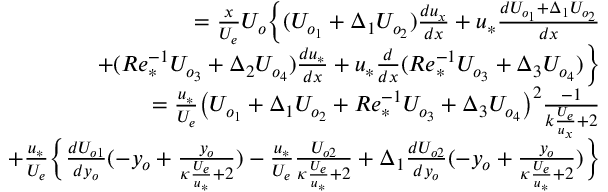
\begin{array} { r } { = \frac { x } { U _ { e } } U _ { o } \Big \{ ( U _ { o _ { 1 } } + \Delta _ { 1 } U _ { o _ { 2 } } ) \frac { d u _ { x } } { d x } + u _ { * } \frac { d U _ { o _ { 1 } } + \Delta _ { 1 } U _ { o _ { 2 } } } { d x } } \\ { + ( R e _ { * } ^ { - 1 } U _ { o _ { 3 } } + \Delta _ { 2 } U _ { o _ { 4 } } ) \frac { d u _ { * } } { d x } + u _ { * } \frac { d } { d x } ( R e _ { * } ^ { - 1 } U _ { o _ { 3 } } + \Delta _ { 3 } U _ { o _ { 4 } } ) \Big \} } \\ { = \frac { u _ { * } } { U _ { e } } \big ( U _ { o _ { 1 } } + \Delta _ { 1 } U _ { o _ { 2 } } + R e _ { * } ^ { - 1 } U _ { o _ { 3 } } + \Delta _ { 3 } U _ { o _ { 4 } } \big ) ^ { 2 } \frac { - 1 } { k \frac { U _ { e } } { u _ { x } } + 2 } } \\ { + \frac { u _ { * } } { U _ { e } } \Big \{ \frac { d U _ { o 1 } } { d y _ { o } } ( - y _ { o } + \frac { y _ { o } } { \kappa \frac { U _ { e } } { u _ { * } } + 2 } ) - \frac { u _ { * } } { U _ { e } } \frac { U _ { o 2 } } { \kappa \frac { U _ { e } } { u _ { * } } + 2 } + \Delta _ { 1 } \frac { d U _ { o 2 } } { d y _ { o } } ( - y _ { o } + \frac { y _ { o } } { \kappa \frac { U _ { e } } { u _ { * } } + 2 } ) \Big \} } \end{array}